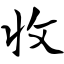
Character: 收